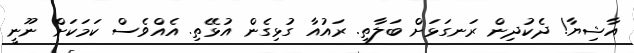
އާޝިޔާ! ދެކުދިން ރަނގަޅަށް ބަލާތި. ރައުއާ ގުޅިގެން އުޅޭތި. އެއްވެސް ކަމަކަށް ނޫނީ